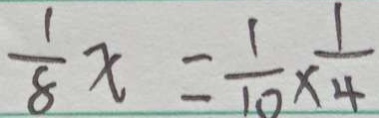
\frac { 1 } { 8 } x = \frac { 1 } { 1 0 } \times \frac { 1 } { 4 }